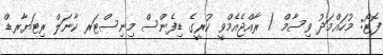
ފޮޓޯ: މުހައްމަދު ވިސާމް / ރާއްޖެއެމްވީ ކުރީގެ ޑިފެންސް މިނިސްޓަރ ކާނަލް ރިޓަޔާރޑް